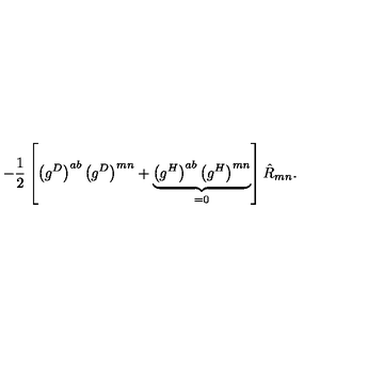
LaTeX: - \frac { 1 } { 2 } \left[ \left( g ^ { D } \right) ^ { a b } \left( g ^ { D } \right) ^ { m n } + \underbrace { \left( g ^ { H } \right) ^ { a b } \left( g ^ { H } \right) ^ { m n } } _ { = 0 } \right] \hat { R } _ { m n } .